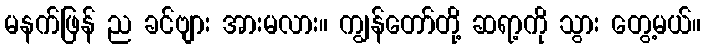
မနက်ဖြန် ည ခင်ဗျား အားမလား။ ကျွန်တော်တို့ ဆရာ့ကို သွား တွေ့မယ်။